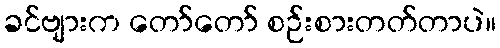
ခင်ဗျားက တော်တော် စဉ်းစားတတ်တာပဲ။